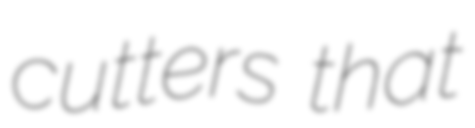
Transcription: cutters that